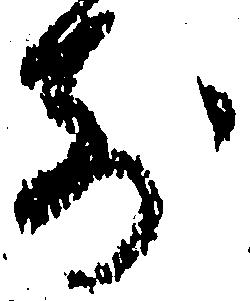
前